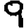
Digit: 9